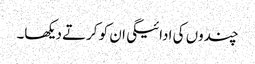
چندوں کی ادائیگی ان کو کرتے دیکھا۔